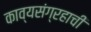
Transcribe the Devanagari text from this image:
काव्यसंग्रहाची